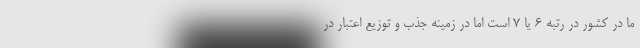
ما در کشور در رتبه ۶ یا ۷ است اما در زمینه جذب و توزیع اعتبار در